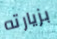
بزيارته